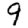
Digit: 9